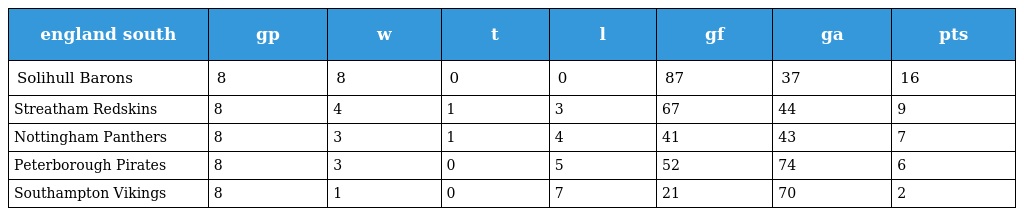
| england south | gp | w | t | l | gf | ga | pts |
 | --- | --- | --- | --- | --- | --- | --- | --- |
 | Solihull Barons | 8 | 8 | 0 | 0 | 87 | 37 | 16 |
 | Streatham Redskins | 8 | 4 | 1 | 3 | 67 | 44 | 9 |
 | Nottingham Panthers | 8 | 3 | 1 | 4 | 41 | 43 | 7 |
 | Peterborough Pirates | 8 | 3 | 0 | 5 | 52 | 74 | 6 |
 | Southampton Vikings | 8 | 1 | 0 | 7 | 21 | 70 | 2 |